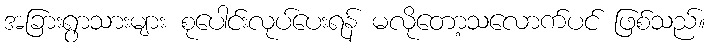
အခြားရွာသားများ စုပေါင်းလုပ်ပေးရန် မလိုတော့သလောက်ပင် ဖြစ်သည်။